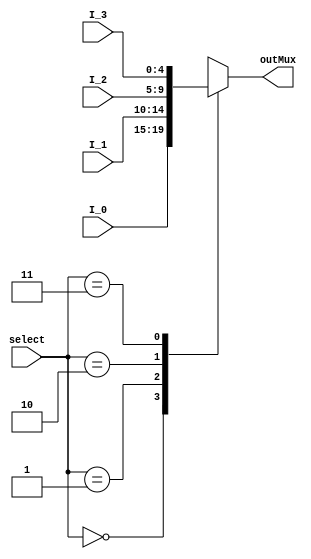
/* Module of Mux 4 to 1 of 5 bits
   Programmed by: Lianne Snchez Rodrguez
   Phase 3 
   Professor: Nestor Rodrguez 
*/
module mux4To1_5(output reg [4:0] outMux, input [4:0] I_0, input [4:0] I_1, input  [4:0] I_2,
	input [4:0] I_3, input [1:0] select);
	//initial begin
	//	outMux <= 5'b00000;
	//end // initial
	always @(I_0,I_1,I_2,I_3,select)
		begin
			case(select)
				2'b00:	outMux <= I_0; 
				2'b01:	outMux <= I_1;
				2'b10:	outMux <= I_2;
				2'b11:	outMux <= I_3;
			endcase // select
		end
endmodule

// module MuxTest;
// 	// Inputs of ALU
// 	reg [1:0] select;
// 	reg [4:0] entrance0;
// 	reg [4:0] entrance1;
// 	reg [4:0] entrance2;
// 	reg [4:0] entrance3;
	
// 	//Outputs of ALU module
// 	wire [4:0] result;
// 	//test duration
// 	parameter stop_time = 1090;

// 	mux4To1_5 mux(result, entrance0, entrance1, entrance2, entrance3, select);
// 	initial #stop_time $finish;

// 	initial begin

// 	//ADD
// 	#0 entrance0 = 5'b00000; entrance1 = 5'b00001; entrance2 = 5'b00011; entrance3 = 5'b01101; select = 2'b00;
// 	#20 entrance0 = 5'b00000; entrance1 = 5'b00001; entrance2 = 5'b00011; entrance3 = 5'b01101; select = 2'b01;
// 	#40 entrance0 = 5'b00000; entrance1 = 5'b00001; entrance2 = 5'b00011; entrance3 = 5'b01101; select = 2'b11;
// 	#60 entrance0 = 5'b00000; entrance1 = 5'b00001; entrance2 = 5'b00011; entrance3 = 5'b01101; select = 2'b10;
// 	//ADDcc

// 	end
	
// 	initial begin
// 		$display ("\n\nOutput\tEntrance1\t\tEntrance2\t\tEntrance3\tEntrance4\t\t\tselect");
// 		$monitor ("%0d\t%b\t%b\t%b\t%b\t%b\t%b", $time, result, entrance0, entrance1, entrance2, entrance3, select);
// 	end
	
// endmodule